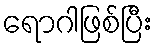
ရောဂါဖြစ်ပြီး